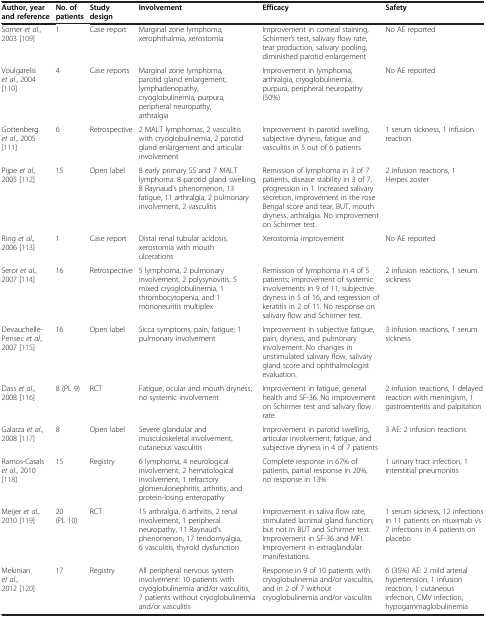
<table><thead><tr><td><b>Author, year and reference</b></td><td><b>No. of patients</b></td><td><b>Study design</b></td><td><b>Involvement</b></td><td><b>Efficacy</b></td><td><b>Safety</b></td></tr></thead><tbody><tr><td>Somer <i>et al</i>., 2003 [109]</td><td>1</td><td>Case report</td><td>Marginal zone lymphoma, xerophthalmia, xerostomia</td><td>Improvement in corneal staining, Schirmer’s test, salivary flow rate, tear production, salivary pooling, diminished parotid enlargement</td><td>No AE reported</td></tr><tr><td>Voulgarelis <i>et al</i>., 2004 [110]</td><td>4</td><td>Case reports</td><td>Marginal zone lymphoma, parotid gland enlargement, lymphadenopathy, cryoglobulinemia, purpura, peripheral neuropathy, arthralgia</td><td>Improvement in lymphoma, arthralgia, cryoglobulinemia, purpura, peripheral neuropathy (50%)</td><td>No AE reported</td></tr><tr><td>Gottenberg <i>et al</i>., 2005 [111]</td><td>6</td><td>Retrospective</td><td>2 MALT lymphomas, 2 vasculitis with cryoglobulinemia, 2 parotid gland enlargement and articular involvement</td><td>Improvement in parotid swelling, subjective dryness, fatigue and vasculitis in 5 out of 6 patients</td><td>1 serum sickness, 1 infusion reaction</td></tr><tr><td>Pijpe <i>et al</i>., 2005 [112]</td><td>15</td><td>Open label</td><td>8 early primary SS and 7 MALT lymphoma: 8 parotid gland swelling, 8 Raynaud’s phenomenon, 13 fatigue, 11 arthralgia, 2 pulmonary involvement, 2 vasculitis</td><td>Remission of lymphoma in 3 of 7 patients, disease stability in 3 of 7, progression in 1. Increased salivary secretion, improvement in the rose Bengal score and tear, BUT, mouth dryness, arthralgia. No improvement on Schirmer test.</td><td>2 infusion reactions, 1 Herpes zoster</td></tr><tr><td>Ring <i>et al</i>., 2006 [113]</td><td>1</td><td>Case report</td><td>Distal renal tubular acidosis, xerostomia with mouth ulcerations</td><td>Xerostomia improvement</td><td>No AE reported</td></tr><tr><td>Seror <i>et al</i>., 2007 [114]</td><td>16</td><td>Retrospective</td><td>5 lymphoma, 2 pulmonary involvement, 2 polysynovitis, 5 mixed cryoglobulinemia, 1 thrombocytopenia, and 1 mononeuritis multiplex</td><td>Remission of lymphoma in 4 of 5 patients; improvement of systemic involvements in 9 of 11, subjective dryness in 5 of 16, and regression of keratitis in 2 of 11. No response on salivary flow and Schirmer test.</td><td>2 infusion reactions, 1 serum sickness</td></tr><tr><td>Devauchelle-Pensec <i>et al</i>., 2007 [115]</td><td>16</td><td>Open label</td><td>Sicca symptoms, pain, fatigue; 1 pulmonary involvement</td><td>Improvement in subjective fatigue, pain, dryness, and pulmonary involvement. No changes in unstimulated salivary flow, salivary gland score and ophthalmologist evaluation.</td><td>3 infusion reactions, 1 serum sickness</td></tr><tr><td>Dass <i>et al</i>., 2008 [116]</td><td>8 (PL 9)</td><td>RCT</td><td>Fatigue, ocular and mouth dryness; no systemic involvement</td><td>Improvement in fatigue, general health and SF-36. No improvement on Schirmer test and salivary flow rate.</td><td>2 infusion reactions, 1 delayed reaction with meningism, 1 gastroenteritis and palpitation</td></tr><tr><td>Galarza <i>et al</i>., 2008 [117]</td><td>8</td><td>Open label</td><td>Severe glandular and musculoskeletal involvement, cutaneous vasculitis</td><td>Improvement in parotid swelling, articular involvement, fatigue, and subjective dryness in 4 of 7 patients</td><td>3 AE: 2 infusion reactions</td></tr><tr><td>Ramos-Casals <i>et al</i>., 2010 [118]</td><td>15</td><td>Registry</td><td>6 lymphoma, 4 neurological involvement, 2 hematological involvement, 1 refractory glomerulonephritis, arthritis, and protein-losing enteropathy</td><td>Complete response in 67% of patients, partial response in 20%, no response in 13%</td><td>1 urinary tract infection, 1 interstitial pneumonitis</td></tr><tr><td>Meijer <i>et al</i>., 2010 [119]</td><td>20 (PL 10)</td><td>RCT</td><td>15 arthralgia, 6 arthritis, 2 renal involvement, 1 peripheral neuropathy, 11 Raynaud’s phenomenon, 17 tendomyalgia, 6 vasculitis, thyroid dysfunction</td><td>Improvement in saliva flow rate, stimulated lacrimal gland function; but not in BUT and Schirmer test. Improvement in SF-36 and MFI. Improvement in extraglandular manifestations.</td><td>1 serum sickness, 12 infections in 11 patients on rituximab vs 7 infections in 4 patients on placebo</td></tr><tr><td>Mekinian <i>et al</i>., 2012 [120]</td><td>17</td><td>Registry</td><td>All peripheral nervous system involvement: 10 patients with cryoglobulinemia and/or vasculitis, 7 patients without cryoglobulinemia and/or vasculitis</td><td>Response in 9 of 10 patients with cryoglobulinemia and/or vasculitis, and in 2 of 7 without cryoglobulinemia and/or vasculitis</td><td>6 (35%) AE: 2 mild arterial hypertension, 1 infusion reaction, 1 cutaneous infection, CMV infection, hypogammaglobulinemia</td></tr></tbody></table>